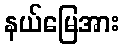
နယ်မြေအား